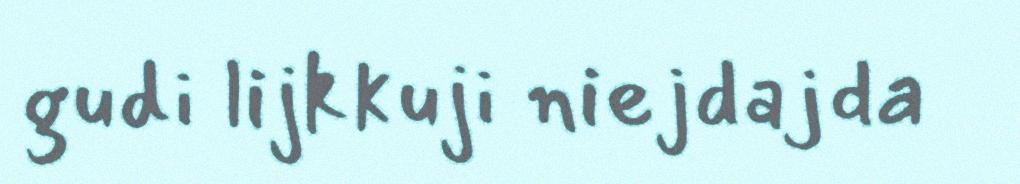
gudi lijkkuji niejdajda